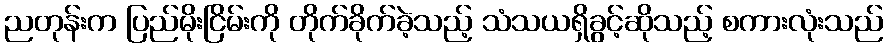
ညတုန်းက ပြည်မိုးငြိမ်းကို တိုက်ခိုက်ခဲ့သည့် သံသယရှိခွင့်ဆိုသည့် စကားလုံးသည်